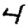
Digit: 4